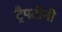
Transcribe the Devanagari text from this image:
ट्रैपटोनी